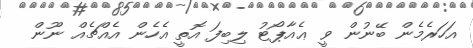
އަހަރެމެން ބޭނުން ވީ ޢެއާޕޯޓު ލިބިފަ އޮތީ އެހެން އެއްޗެއް ނޫން